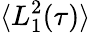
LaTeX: \langle L_{1}^{2}(\tau)\rangle